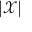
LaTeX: | { \mathcal { X } } |